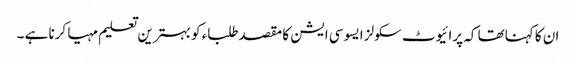
ان کا کہناتھا کہ پرائیوٹ سکولز ایسوسی ایشن کا مقصدطلباء کو بہترین تعلیم مہیا کرنا ہے ۔